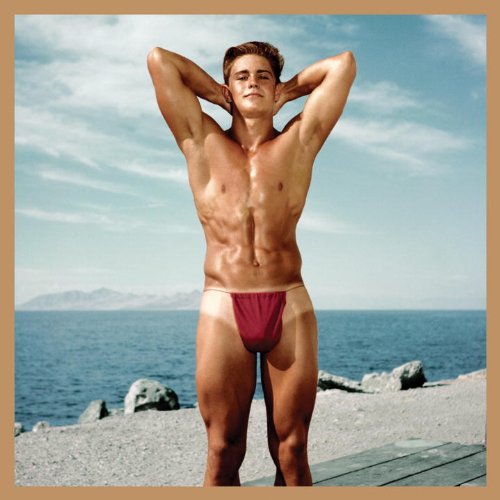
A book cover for Bruce of Los Angeles: Inside/Outside; Vince Aletti; Arts & Photography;